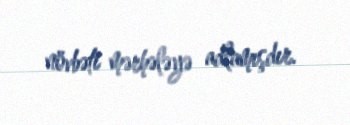
növbəti mərhələyə adlamışdır.